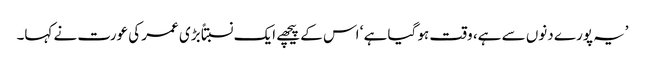
’یہ پورے دنوں سے ہے، وقت ہو گیا ہے ‘ اس کے پیچھے ایک نسبتاً بڑی عمر کی عورت نے کہا۔